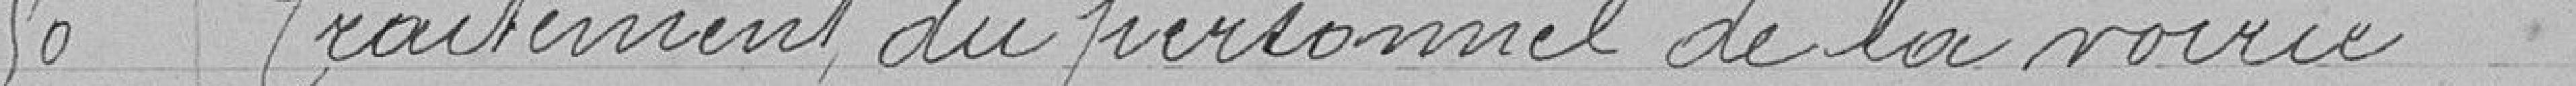
50 Traitement du personnel de la voirie